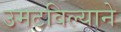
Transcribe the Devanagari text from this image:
उमटविल्याने